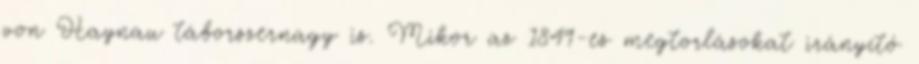
von Haynau táborszernagy is. Mikor az 1849-es megtorlásokat irányító